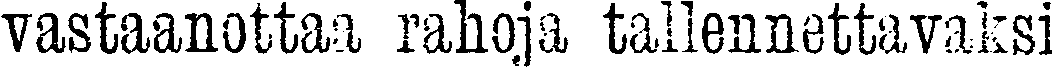
vastaanottaa rahoja tallennettavaksi